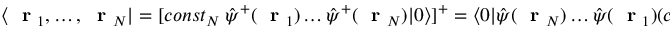
\langle \mathrm { ~ \bf ~ r ~ } _ { 1 } , \dots , \mathrm { ~ \bf ~ r ~ } _ { N } | = [ c o n s t _ { N } \ \hat { \psi } ^ { + } ( \mathrm { ~ \bf ~ r ~ } _ { 1 } ) \dots \hat { \psi } ^ { + } ( \mathrm { ~ \bf ~ r ~ } _ { N } ) | 0 \rangle ] ^ { + } = \langle 0 | \hat { \psi } ( \mathrm { ~ \bf ~ r ~ } _ { N } ) \dots \hat { \psi } ( \mathrm { ~ \bf ~ r ~ } _ { 1 } ) ( c o n s t _ { N } ) ^ { * }